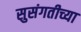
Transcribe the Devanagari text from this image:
सुसंगतीच्या